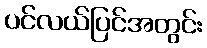
ပင်လယ်ပြင်အတွင်း